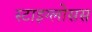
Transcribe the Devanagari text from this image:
स्टाइग्लोसस